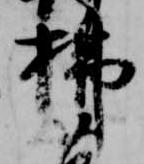
払